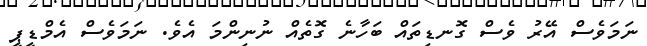
ނަމަވެސް އޭރު ވެސް ގޮނޑިތައް ބަހާނެ ގޮތެއް ނުނިންމަ އެވެ. ނަމަވެސް އެމްޑީޕީ